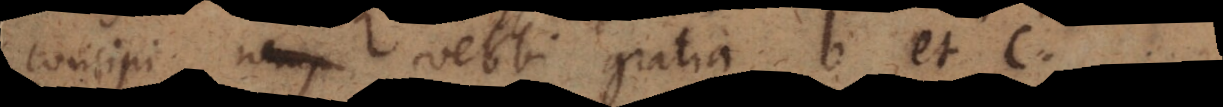
concipi, verbi gratia b et c.